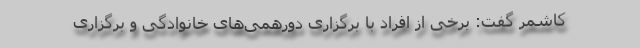
کاشمر گفت: برخی از افراد با برگزاری دورهمی‌های خانوادگی و برگزاری